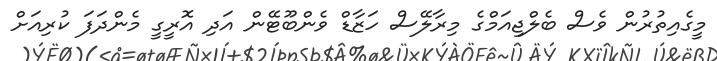
މީގެއިތުރުން ވެސް ބެލްޖިއަމްގެ މިރާލޭސް ހަޒާޑް ވެންބޫޓޭން އަދި އޮރީގީ މެންދަފަ ކުރިއަށް